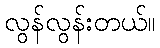
လွန်လွန်းတယ်။